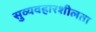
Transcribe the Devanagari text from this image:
सुव्यवहारशीलता